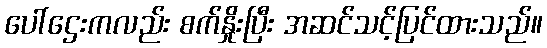
ပေါ်ဌေးကလည်း စက်နှိုးပြီး အဆင်သင့်ပြင်ထားသည်။